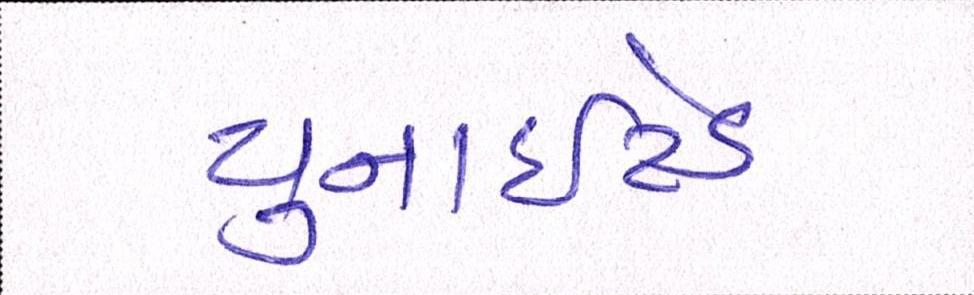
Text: યુનાઈટેડ